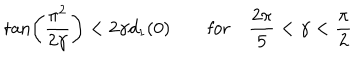
\tan \left( \frac { \pi ^ { 2 } } { 2 \gamma } \right) < 2 \gamma d _ { 1 } ( 0 ) \qquad \mathrm { f o r } \quad \frac { 2 \pi } { 5 } < \gamma < \frac { \pi } { 2 }